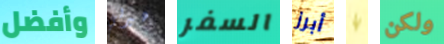
وأفضل هيرلي السفر أبرز يا ولكن